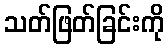
သတ်ဖြတ်ခြင်းကို